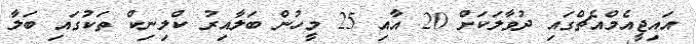
އައިޖީއެމްއެޗްގައި ދުވާލަކަށް 20 އާއި 25 މީހުން ބަލާއިރު ކްލިނިކް ތަކުގައި ބަލާ